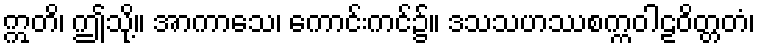
ဣတိ၊ ဤသို့။ အာကာသေ၊ ကောင်းကင်၌။ ဒသသဟဿစက္ကဝါဠဝိတ္တတံ၊